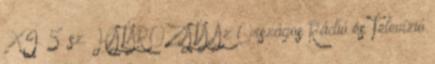
XI. 5. sz. HATÁROZATA Az Országos Rádió és Televízió